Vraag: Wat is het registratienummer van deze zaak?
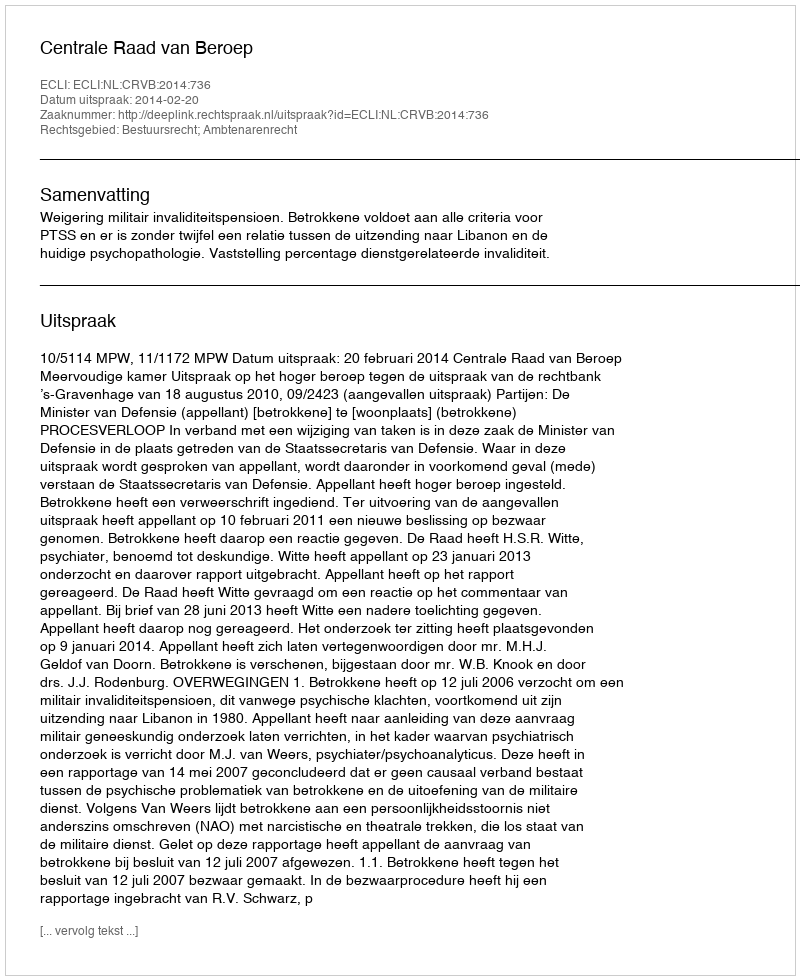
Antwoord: http://deeplink.rechtspraak.nl/uitspraak?id=ECLI:NL:CRVB:2014:736